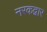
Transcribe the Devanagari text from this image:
नरकद्वार